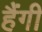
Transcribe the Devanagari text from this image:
हैंगी